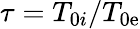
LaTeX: \tau=T_{0i}/T_{0\mathrm{e}}